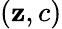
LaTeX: (\mathbf{z},c)